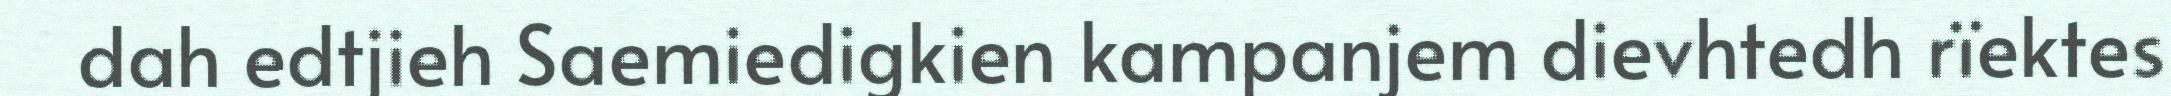
dah edtjieh Saemiedigkien kampanjem dievhtedh rïektes